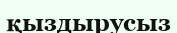
қыздырусыз